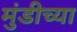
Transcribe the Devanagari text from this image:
मुंडीच्या